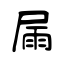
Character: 屚